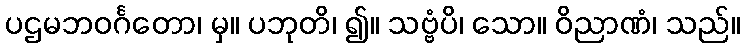
ပဌမဘဝင်္ဂတော၊ မှ။ ပဘုတိ၊ ၍။ သဗ္ဗံပိ၊ သော။ ဝိညာဏံ၊ သည်။